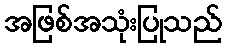
အဖြစ်အသုံးပြုသည်